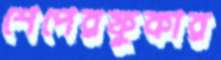
শেপেরফুকার